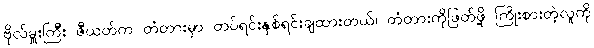
ဗိုလ်မှူးကြီး ဇီယတ်က တံတားမှာ တပ်ရင်းနှစ်ရင်းချထားတယ်၊ တံတားကိုဖြတ်ဖို့ ကြိုးစားတဲ့လူကို